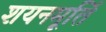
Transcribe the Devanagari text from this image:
शयनमूर्ति